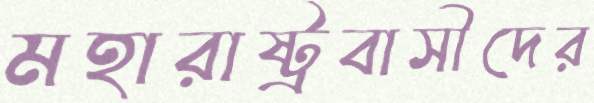
মহারাষ্ট্রবাসীদের